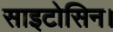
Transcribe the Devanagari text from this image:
साइटोसिन।